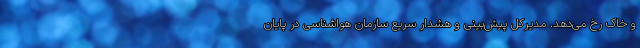
و خاک رخ می‌دهد. مدیرکل پیش‌بینی و هشدار سریع سازمان هواشناسی در پایان